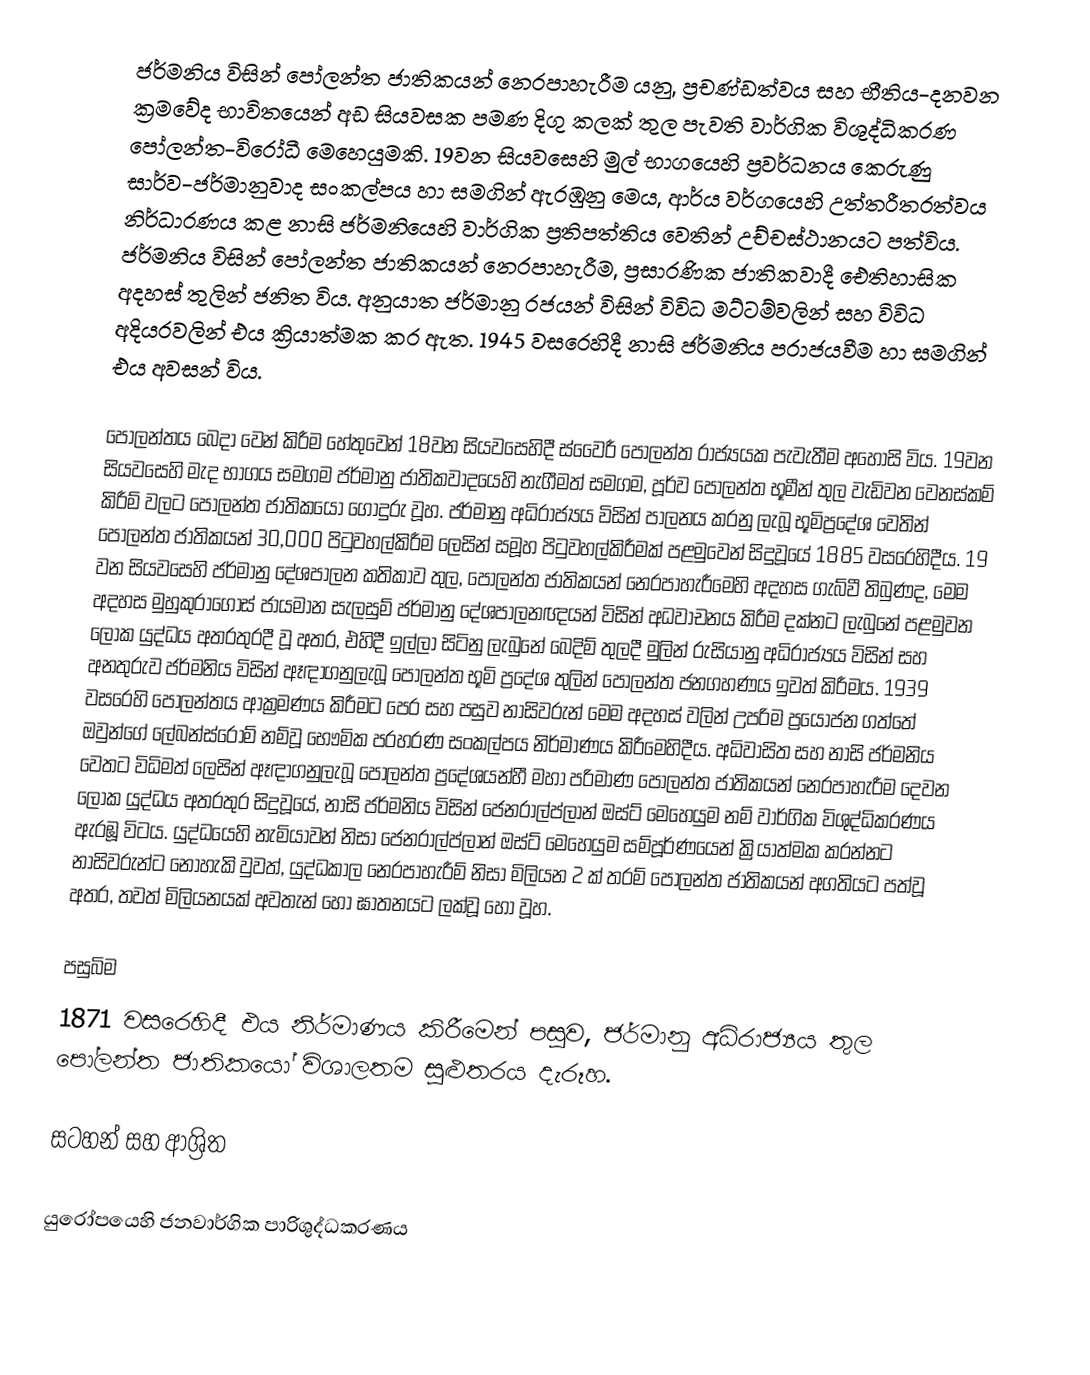
ජර්මනිය විසින් පෝලන්ත ජාතිකයන් නෙරපාහැරීම යනු,  ප්‍රචණ්ඩත්වය සහ භීතිය-දනවන ක්‍රමවේද භාවිතයෙන් අඩ සියවසක පමණ දිගු කලක් තුල පැවති  වාර්ගික විශුද්ධිකරණ  පෝලන්ත-විරෝධී මෙහෙයුමකි. 19වන සියවසෙහි මුල් භාගයෙහි ප්‍රවර්ධනය කෙරුණු සාර්ව-ජර්මානුවාද සංකල්පය හා සමගින් ඇරඹුනු මෙය, ආර්ය වර්ගයෙහි උත්තරීතරත්වය නිර්ධාරණය කළ නාසි ජර්මනියෙහි වාර්ගික ප්‍රතිපත්තිය වෙතින් උච්චස්ථානයට පත්විය. ජර්මනිය විසින් පෝලන්ත ජාතිකයන් නෙරපාහැරීම, ප්‍රසාරණික ජාතිකවාදී ඓතිහාසික අදහස් තුලින් ජනිත විය. අනුයාත ජර්මානු රජයන් විසින් විවිධ මට්ටම්වලින් සහ විවිධ අදියරවලින් එය ක්‍රියාත්මක කර ඇත. 1945 වසරෙහිදී නාසි ජර්මනිය පරාජයවීම හා සමගින් එය අවසන් විය.

පෝලන්තය බෙදා වෙන් කිරීම හේතුවෙන් 18වන සියවසෙහිදී ස්වෛරී පෝලන්ත රාජ්‍යයක පැවැතීම අහෝසි විය. 19වන සියවසෙහි මැද භාගය සමගම ජර්මානු ජාතිකවාදයෙහි නැගීමත් සමගම, පූර්ව පෝලන්ත භූමීන් තුල වැඩිවන වෙනස්කම් කිරීම් වලට පෝලන්ත ජාතිකයෝ ගොදුරු වූහ. ජර්මානු අධිරාජ්‍යය විසින් පාලනය කරනු ලැබූ භූමිප්‍රදේශ වෙතින්  පෝලන්ත ජාතිකයන් 30,000 පිටුවහල්කිරීම ලෙසින් සමූහ පිටුවහල්කිරීමක් පළමුවෙන් සිදුවූයේ 1885 වසරෙහිදීය. 19 වන සියවසෙහි ජර්මානු දේශපාලන  කතිකාව  තුල, පෝලන්ත ජාතිකයන් නෙරපාහැරීමෙහි අදහස ගැබ්වී තිබුණද, මෙම අදහස මුහුකුරාගොස් ජායමාන සැලසුම් ජර්මානු දේශපාලනඥයන් විසින් අධවාචනය කිරීම දක්නට ලැබුනේ පළමුවන ලෝක යුද්ධය අතරතුරදී වූ අතර, එහිදී ඉල්ලා සිටිනු ලැබුනේ බෙදිම් තුලදී මුලින් රුසියානු අධිරාජ්‍යය විසින් සහ අනතුරුව ජර්මනිය විසින් ඈඳාගනුලැබූ පෝලන්ත භූමි ප්‍රදේශ තුලින් පෝලන්ත ජනගහණය ඉවත් කිරීමය.  1939 වසරෙහි  පෝලන්තය ආක්‍රමණය කිරීමට පෙර සහ පසුව  නාසිවරුන් මෙම අදහස් වලින් උපරිම ප්‍රයෝජන ගත්තේ ඔවුන්ගේ ලේබන්ස්රෝම් නම්වූ භෞමික ප‍්‍රහරණ සංකල්පය නිර්මාණය කිරීමෙහිදීය.  අධිවාසිත සහ නාසි ජර්මනිය වෙතට විධිමත් ලෙසින් ඈඳාගනුලැබූ පෝලන්ත ප්‍රදේශයන්හී මහා පරිමාණ පෝලන්ත ජාතිකයන් නෙරපාහැරීම දෙවන ලෝක යුද්ධය අතරතුර සිදුවූයේ, නාසි ජර්මනිය විසින් ජෙනරාල්ප්ලාන් ඔස්ට් මෙහෙයුම නම් වාර්ගික විශුද්ධිකරණය ඇරඹූ විටය. යුද්ධයෙහි නැමියාවන් නිසා ජෙනරාල්ප්ලාන් ඔස්ට් මෙහෙයුම සම්පූර්ණයෙන් ක්‍රියාත්මක කරන්නට නාසිවරුන්ට නොහැකි වුවත්, යුද්ධකාල නෙරපාහැරීම් නිසා මිලියන 2 ක් තරම් පෝලන්ත ජාතිකයන් අගතියට පත්වූ අතර, තවත් මිලියනයක් අවතැන් හෝ ඝාතනයට ලක්වූ හෝ වූහ.

පසුබිම
1871 වසරෙහිදී එය නිර්මාණය කිරීමෙන් පසුව, ජර්මානු අධිරාජ්‍යය තුල පෝලන්ත ජාතිකයෝ විශාලතම සුළුතරය දැරූහ.

සටහන් සහ ආශ්‍රිත

 යුරෝපයෙහි ජනවාර්ගික පාරිශුද්ධකරණය